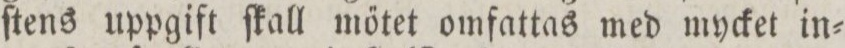
ſtens uppgift ſkall mőtet omfattas med mycket in=